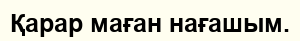
Қарар маған нағашым.